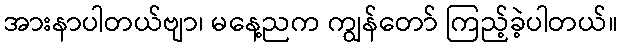
အားနာပါတယ်ဗျာ၊ မနေ့ညက ကျွန်တော် ကြည့်ခဲ့ပါတယ်။